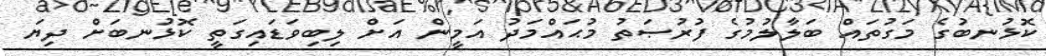
ކޮޅުނބުގެ މަގުތައް ބަލާލުމުގެ ފުރުޞަތު މުޙައްމަދު އަމީން އަށް ލިބިވަޑައިގަތީ ކޮޅުނބަށް ދިޔަ